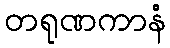
တရုဏကာနံ